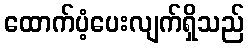
ထောက်ပံ့ပေးလျက်ရှိသည်